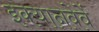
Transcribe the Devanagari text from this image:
इक्यानवेवें